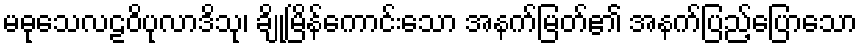
မဓုသေလဠဝိပုလာဒိသု၊ ချိုမြိန်ကောင်းသော အနက်မြတ်၏ အနက်ပြည့်ပြောသော